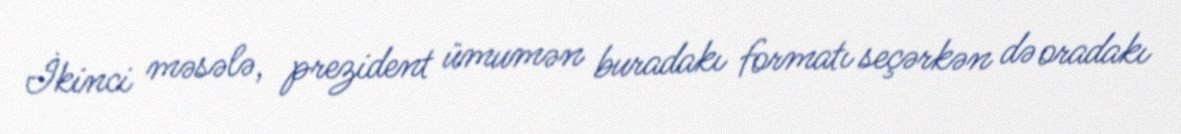
İkinci məsələ, prezident ümumən buradakı formatı seçərkən də oradakı